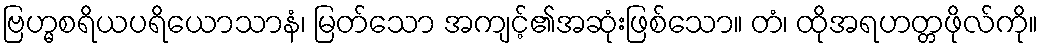
ဗြဟ္မစရိယပရိယောသာနံ၊ မြတ်သော အကျင့်၏အဆုံးဖြစ်သော။ တံ၊ ထိုအရဟတ္တဖိုလ်ကို။